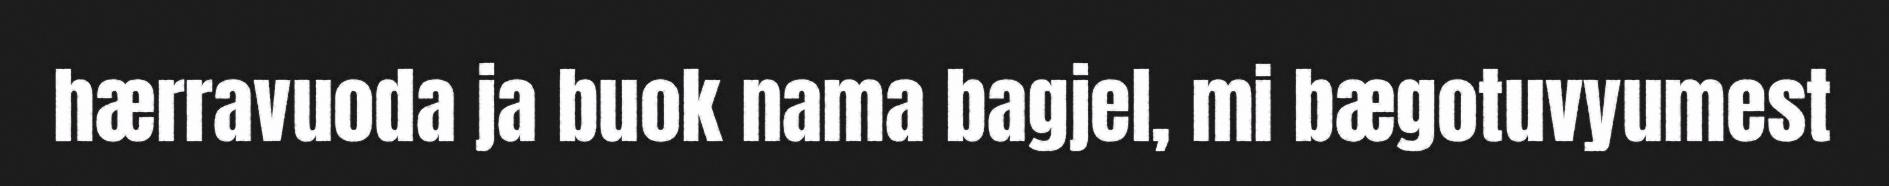
hærravuoda ja buok nama bagjel, mi bægotuvyumest